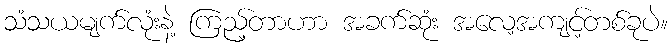
သံသယမျက်လုံးနဲ့ ကြည့်တာဟာ အခက်ဆုံး အလေ့အကျင့်တစ်ခုပဲ။